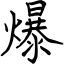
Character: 爆